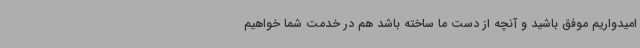
امیدواریم موفق باشید و آنچه از دست ما ساخته باشد هم در خدمت شما خواهیم